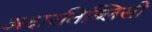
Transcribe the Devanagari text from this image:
अक्षरतिब्लिसी